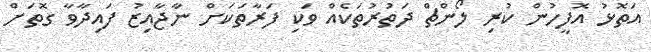
އަތޮޅު އޮފީހުން ކުރި ލޯންޗް ދަތުރުތަކެއް ވަކި ފަރާތަކަށް ނާޖާއިޒު ފައިދާވާ ގޮތަށް